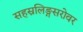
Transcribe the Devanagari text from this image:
सहस्रलिङ्गसरोवर